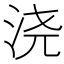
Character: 浇